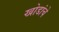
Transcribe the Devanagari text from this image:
खोडांचे